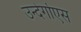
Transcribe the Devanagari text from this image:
उन्देर्गोएस